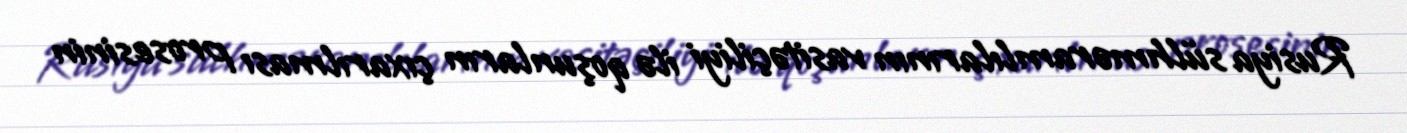
Rusiya sülhməramlılarının vasitəçiliyi ilə qoşunların çıxarılması prosesinin